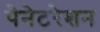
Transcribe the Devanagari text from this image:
पेनेटरेशन